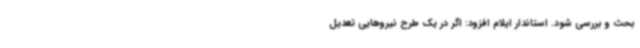
بحث و بررسی شود. استاندار ایلام افزود: اگر در یک طرح نیروهایی تعدیل